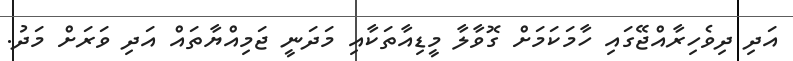
އަދި ދިވެހިރާއްޖޭގައި ހާމަކަމަށް ގޮވާލާ މީޑިއާތަކާއި މަދަނީ ޖަމިއްޔާތައް އަދި ވަރަށް މަދު.